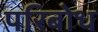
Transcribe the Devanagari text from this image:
परिबोध